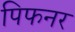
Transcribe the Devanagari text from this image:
पिफनर